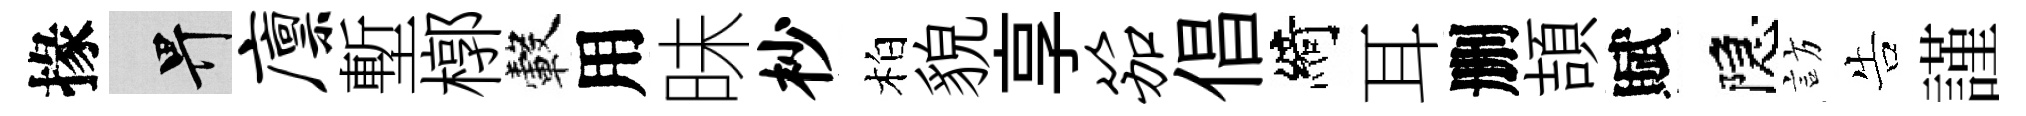
掾畀廪塹槨轂用昧杪柏貌享笳倡綺耳删頡賦隠訪告謹